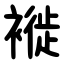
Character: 褷